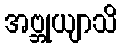
အဗ္ဘုယျာသိ